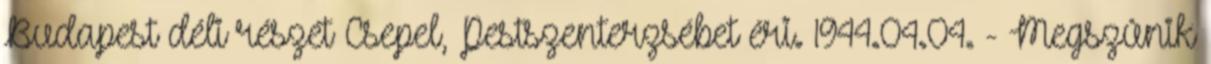
Budapest déli részét Csepel, Pestszenterzsébet éri. 1944.04.04. - Megszûnik